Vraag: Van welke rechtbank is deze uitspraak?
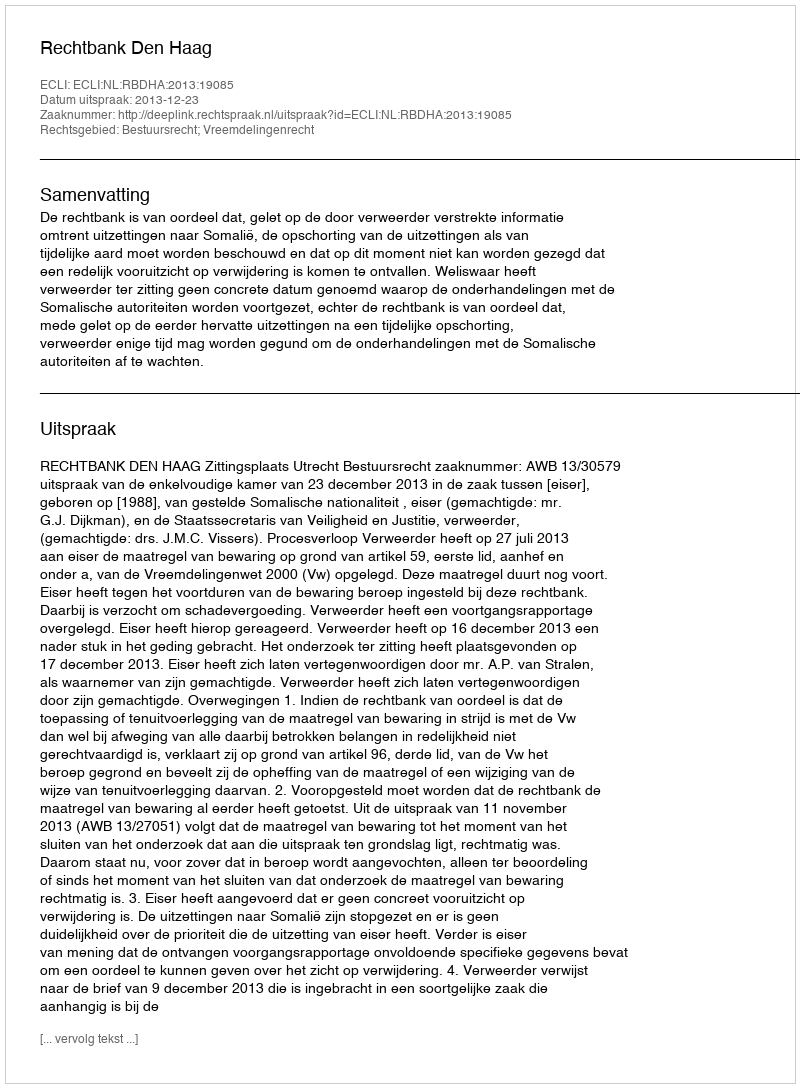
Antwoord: Rechtbank Den Haag